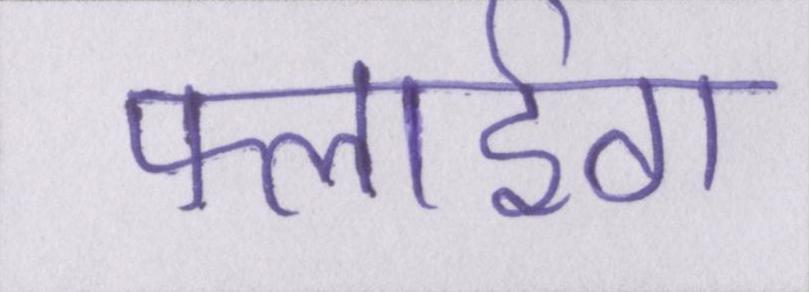
फ्लाईंग